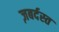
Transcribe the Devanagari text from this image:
ज़बर्दस्‍त